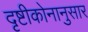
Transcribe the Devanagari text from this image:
दृष्टीकोनानुसार